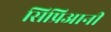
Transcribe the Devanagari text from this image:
सिप्रिआनी